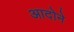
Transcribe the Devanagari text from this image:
आदोने